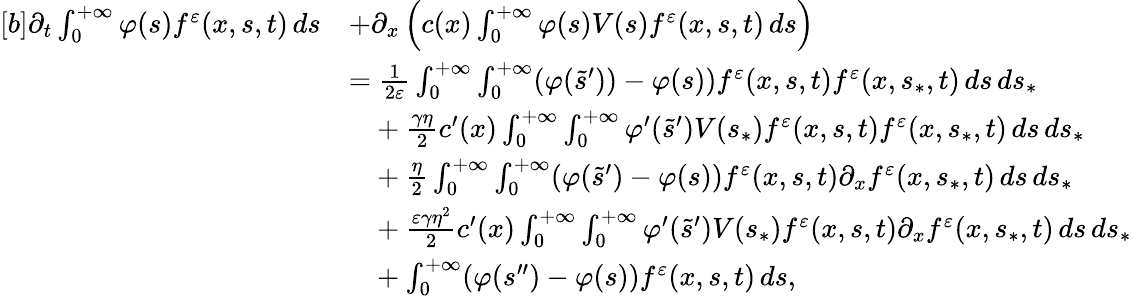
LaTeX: \begin{array}{r}{\begin{array}{rl}{[b]\partial_{t}\int_{0}^{+\infty}\varphi(s)f^{\varepsilon}(x,s,t)\, ds}&{+\partial_{x}\left(c(x)\int_{0}^{+\infty}\varphi(s)V(s)f^{\varepsilon}(x,s,t)\, ds\right)}\\ &{=\frac{1}{2\varepsilon}\int_{0}^{+\infty}\int_{0}^{+\infty}(\varphi(\tilde{s}^{\prime}))-\varphi(s))f^{\varepsilon}(x,s,t)f^{\varepsilon}(x,s_{\ast},t)\, ds\, ds_{\ast}}\\ &{\phantom{=}+\frac{\gamma\eta}{2}c^{\prime}(x)\int_{0}^{+\infty}\int_{0}^{+\infty}\varphi^{\prime}(\tilde{s}^{\prime})V(s_{\ast})f^{\varepsilon}(x,s,t)f^{\varepsilon}(x,s_{\ast},t)\, ds\, ds_{\ast}}\\ &{\phantom{=}+\frac{\eta}{2}\int_{0}^{+\infty}\int_{0}^{+\infty}(\varphi(\tilde{s}^{\prime})-\varphi(s))f^{\varepsilon}(x,s,t)\partial_{x}f^{\varepsilon}(x,s_{\ast},t)\, ds\, ds_{\ast}}\\ &{\phantom{=}+\frac{\varepsilon\gamma\eta^{2}}{2}c^{\prime}(x)\int_{0}^{+\infty}\int_{0}^{+\infty}\varphi^{\prime}(\tilde{s}^{\prime})V(s_{\ast})f^{\varepsilon}(x,s,t)\partial_{x}f^{\varepsilon}(x,s_{\ast},t)\, ds\, ds_{\ast}}\\ &{\phantom{=}+\int_{0}^{+\infty}(\varphi(s^{\prime\prime})-\varphi(s))f^{\varepsilon}(x,s,t)\, ds,}\end{array}}\end{array}